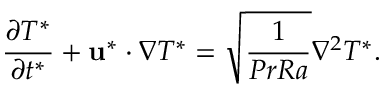
\frac { \partial T ^ { * } } { \partial t ^ { * } } + \mathbf { u } ^ { * } \cdot \nabla T ^ { * } = \sqrt { \frac { 1 } { P r R a } } \nabla ^ { 2 } T ^ { * } .